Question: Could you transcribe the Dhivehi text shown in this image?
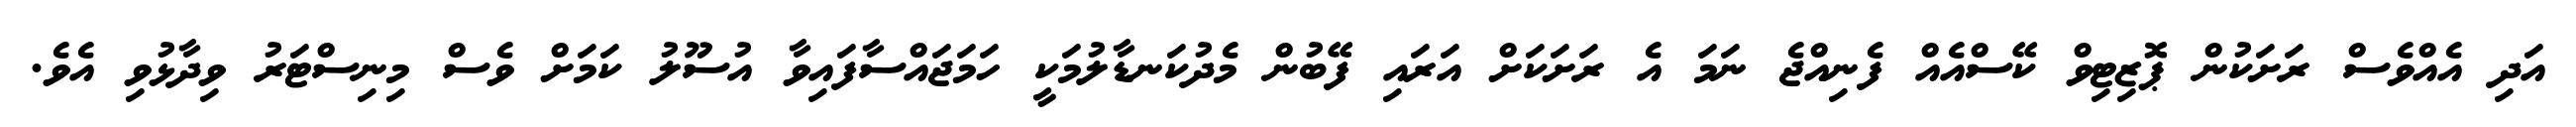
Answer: އަދި އެއްވެސް ރަށަކުން ޕޮޒިޓިވް ކޭސްއެއް ފެނިއްޖެ ނަމަ އެ ރަށަކަށް އަރައި ފޭބުން މެދުކަނޑާލުމަކީ ހަމަޖައްސާފައިވާ އުސޫލު ކަމަށް ވެސް މިނިސްޓަރު ވިދާޅުވި އެވެ.